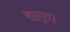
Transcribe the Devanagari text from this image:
बाल्ट्रा।